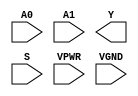
module sky130_fd_sc_hs__mux2i (
    //# {{data|Data Signals}}
    input  A0  ,
    input  A1  ,
    output Y   ,

    //# {{control|Control Signals}}
    input  S   ,

    //# {{power|Power}}
    input  VPWR,
    input  VGND
);
endmodule